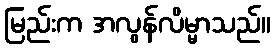
မြည်းက အလွန်လိမ္မာသည်။